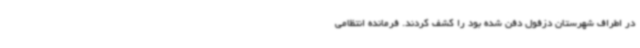
در اطراف شهرستان دزفول دفن شده بود را کشف کردند. فرمانده انتظامی